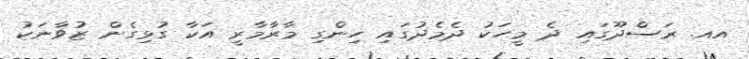
އއ. ރަސްދޫގައި ދެ މީހަކު ދެމެދުގައި ހިންގި މާރާމާރީ އަކާ ގުޅިގެން ޒުވާނަކު